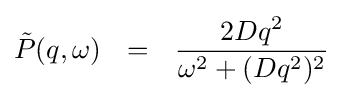
{\tilde {P}}(q,\omega )\ \ =\ \ {\frac {2Dq^{2}}{\omega ^{2}+(Dq^{2})^{2}}}